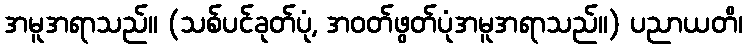
အမူအရာသည်။ (သစ်ပင်ခုတ်ပုံ, အဝတ်ဖွတ်ပုံအမူအရာသည်။) ပညာယတိ၊